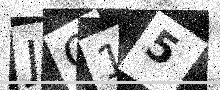
Text: JG15